Report of the King Institute of Preventive Medicine, Guindy
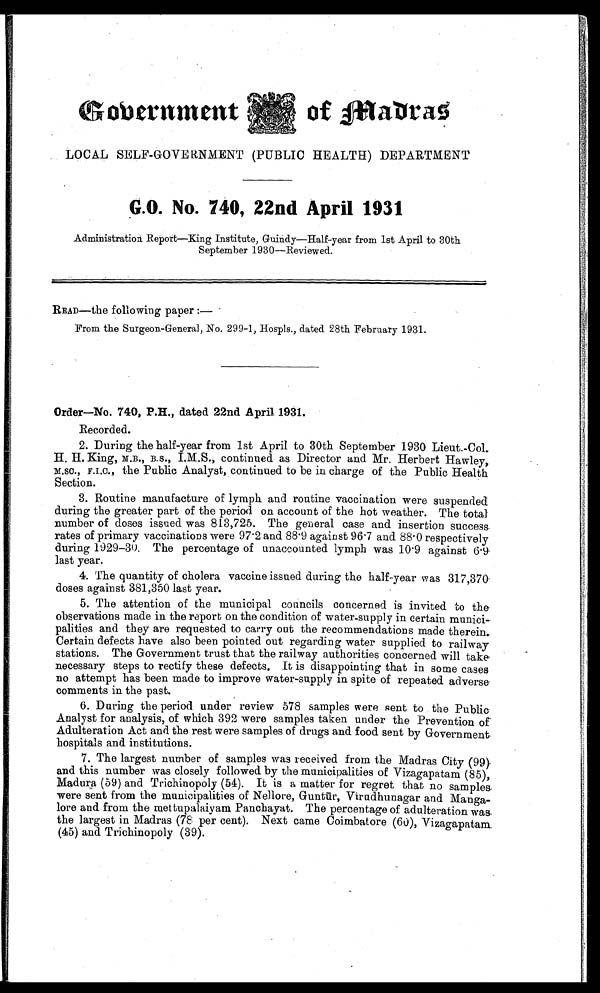
of Madras
LOCAL SELF-GOVERNMENT (PUBLIC HEALTH) DEPARTMENT
G.O. No. 740, 22nd April 1931
Administration Report—King Institute, Guindy—Half-year from 1st April to 30th
September 1930—Reviewed.
READ—the following paper :—
From the Surgeon-General, No. 299-1, Hospls., dated 28th February 1931.
Order—No. 740, P.H., dated 22nd April 1931.
Recorded.
2. During the half-year from 1st April to 30th September 1930 Lieut.-Col.
H.H. King, M.B., B.S., I.M.S., continued as Director and Mr. Herbert Hawley,
M . S C . , F . I . C . , t h e P u b l i c A n a l y s t , c o n t i n u e d t o b e i n c h a r g e o f t h e P u b l i c H e a l t h
Section.
3. Routine manufacture of lymph and routine vaccination were suspended
during the greater part of the period on account of the hot weather. The total
number of doses issued was 813,725. The general case and insertion success.
rates of primary vaccinations were 97.2 and 88.9 against 96.7 and 88.0 respectively
during 1929-30 . The percentage of unaccounted lymph was 10.9 against 6.9
last year.
4. The quantity of cholera vaccine issued during the half-year was 317,370
doses against 381,350 last year.
5. The attention of the municipal councils concerned is invited to the
observations made in the report on the condition of water-supply in certain munici
-
palities and they are requested to carry out the recommendations made therein.
Certain defects have also been pointed out regarding water supplied to railway
stations. The Government trust that the railway authorities concerned will take
necessary steps to rectify these defects. It is disappointing that in some cases
no attempt has been made to improve water-supply in spite of repeated adverse
comments in the past.
6. During the period under review 578 samples were sent to the Public
Analyst for analysis, of which 392 were samples taken under the Prevention of
Adulteration Act and the rest were samples of drugs and food sent by Government
hospitals and institutions.
7. The largest number of samples was received from the Madras City (99)
and this number was closely followed by the municipalities of Vizagapatam (85),
Madura (59) and Trichinopoly (54). It is a matter for regret that no samples
were sent from the municipalities of Nellore, Gunt ū r, Virudhunagar and Manga
-
lore and from the mettupalaiyam Panchayat. The percentage of adulteration was
the largest in Madras (78 per cent). Next came Coimbatore (60), Vizagapatam.
(45) and Trichinopoly (39).